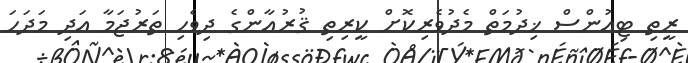
ރީތި ޓިއުންސް ޚިދުމަތް މެދުވެރިކޮށް ކީރިތި ޤުރުއާންގެ ދިވެހި ތަރުޖަމާ އަދި މަދަހަ